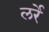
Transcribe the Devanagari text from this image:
लर्रे